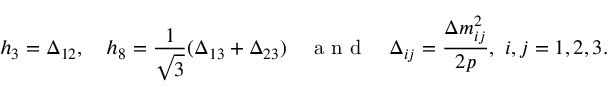
h _ { 3 } = \Delta _ { 1 2 } , \quad h _ { 8 } = \frac { 1 } { \sqrt { 3 } } ( \Delta _ { 1 3 } + \Delta _ { 2 3 } ) \quad \textrm { a n d } \quad \Delta _ { i j } = \frac { \Delta m _ { i j } ^ { 2 } } { 2 p } , ~ i , j = 1 , 2 , 3 .